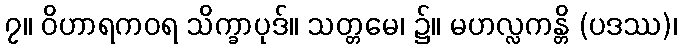
၇။ ဝိဟာရကဝရ သိက္ခာပုဒ်။ သတ္တမေ၊ ၌။ မဟလ္လကန္တိ (ပဒဿ)၊